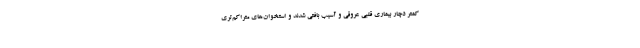
کمتر دچار بیماری قلبی عروقی و آسیب بافتی شدند و استخوان‌های متراکم‌تری